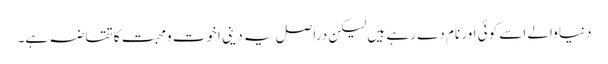
دنیا والے اسے کوئی اور نام دے رہے ہیں لیکن دراصل یہ دینی اخوت ومحبت کا تقاضہ ہے۔